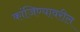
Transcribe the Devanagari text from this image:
कांजिण्यावरील